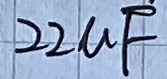
Text: 22µF